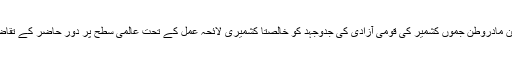
جموں کشمیر نیشنل عوامی پارٹی برطانیہ برانچ کا کنونشن مادروطن جموں کشمیر کی قومی آزادی کی جدوجہد کو خالصتاً کشمیری لائحہ عمل کے تحت عالمی سطح پر دور حاضر کے تقاضوں کے عین مطابق منظم کرنے میں اہم سنگ میل ہوگا ۔